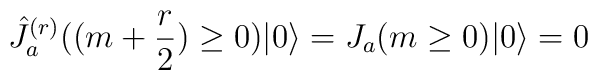
\hat{J}_a^{(r)}((m+\frac{r}{2})\geq0)|0\rangle=J_a(m\geq0)|0\rangle=0